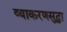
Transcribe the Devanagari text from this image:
व्याकरणसुद्धा